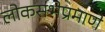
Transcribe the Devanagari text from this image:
लोकसभेप्रमाणे